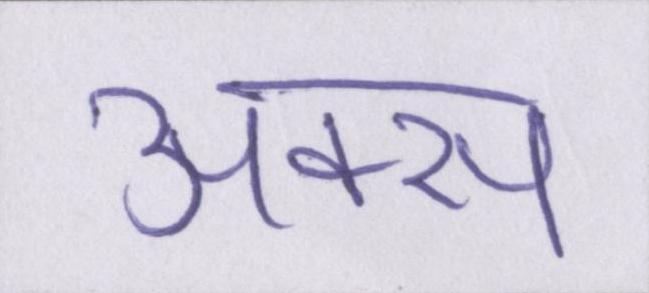
अक्स